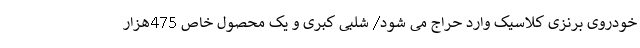
خودروی برنزی کلاسیک وارد حراج می شود/ شلبی کبری و یک محصول خاص 475هزار